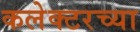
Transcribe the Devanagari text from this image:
कलेक्टरच्या